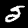
Label: 5